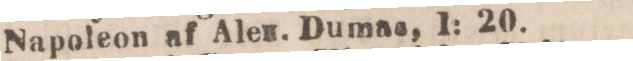
Napoleon af Alen. Dumas, 1: 20.